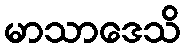
မာသာဒေသိ